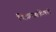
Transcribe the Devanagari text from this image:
चित्रतंत्रांविषयी